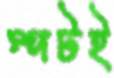
স্পটই